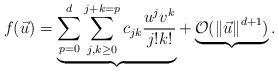
LaTeX: \begin{align*}f(\vec{u})=\underbrace{\sum_{p=0}^{d}\sum_{j,k\geq0}^{j+k=p}c_{jk}\frac{u^{j}v^{k}}{j!k!}}_{}+\underbrace{\mathcal{O}(\left\Vert \vec{u}\right\Vert ^{d+1})}_{}.\end{align*}